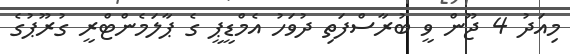
މިއަދު 4 ޖޫން ވީ ބުރާސްފަތި ދުވަހު އެމްޑީޕީ ގެ ޕާލަމެންޓްރީ ގުރޫޕުގެ